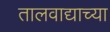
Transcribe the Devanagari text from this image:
तालवाद्याच्या